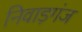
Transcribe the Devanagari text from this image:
निवाड़गंज